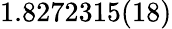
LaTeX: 1.8272315(18)